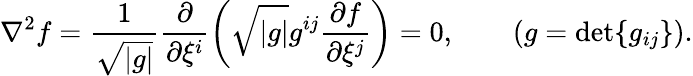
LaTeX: \nabla^{2}f={\frac{1}{\sqrt{|g|}}}{\frac{\partial}{\partial\xi^{i}}}\! \left({\sqrt{|g|}}g^{ij}{\frac{\partial f}{\partial\xi^{j}}}\right)=0,\qquad(g=\mathrm{det}\{ g_{ij}\} ).